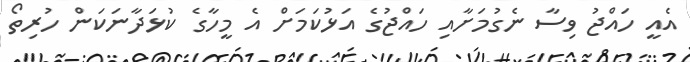
އެއީ ހައްޖު ވިސާ ނެގުމަށާއި ހައްޖުގެ އަޅުކަމަށް އެ މީހާގެ ކުޅަދާނަކަން ހުރިތޯ